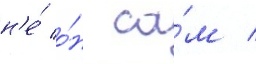
н'е́ о́н са́м /